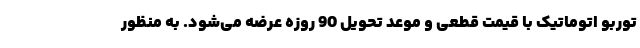
توربو اتوماتیک با قیمت قطعی و موعد تحویل 90 روزه عرضه می‌شود. به منظور